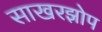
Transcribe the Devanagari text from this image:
साखरझोप